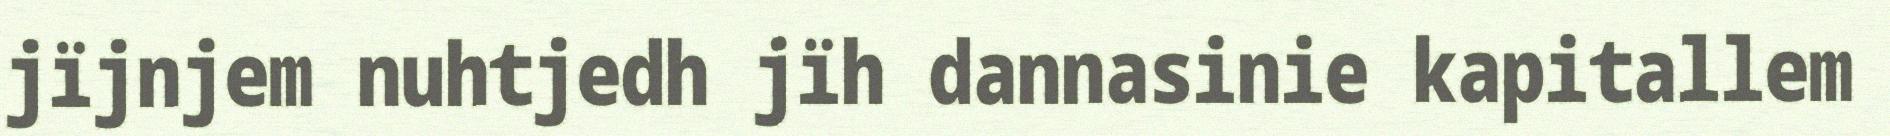
jïjnjem nuhtjedh jïh dannasinie kapitallem